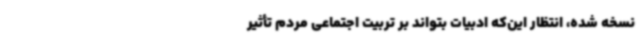
نسخه شده، انتظار این‌که ادبیات بتواند بر تربیت اجتماعی مردم تأثیر